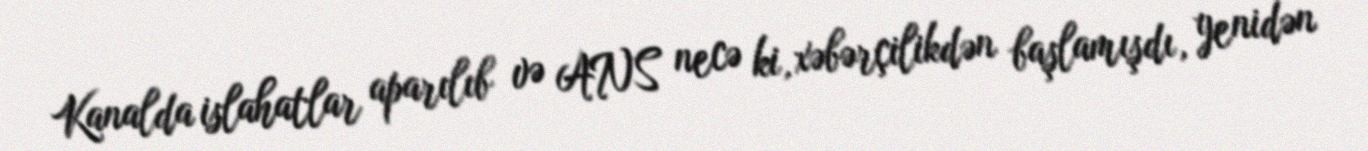
Kanalda islahatlar aparılıb və ANS necə ki, xəbərçilikdən başlamışdı, yenidən